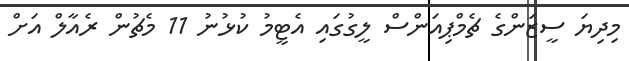
މިދިޔަ ސީޒަންގެ ޗެމްޕިއަންސް ލީގުގައި އެޓީމު ކުޅުނު 11 މެޗުން ރެއާލް އަށް